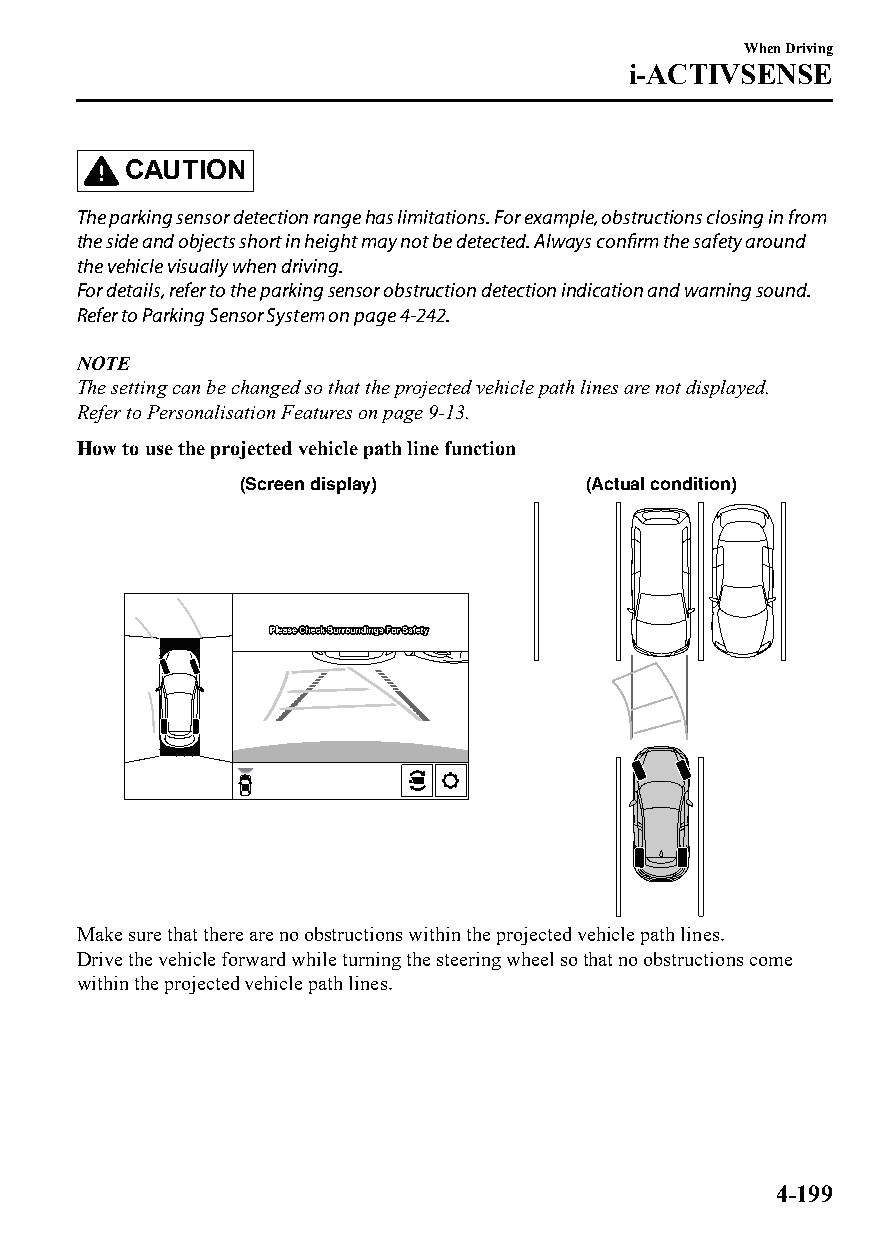
When Driving
 i-ACTIVSENSE
 CAUTION
 The parking sensor detection range has limitations. For example, obstructions closing in from
 the side and objects short in height may not be detected. Always confirm the safety around
 the vehicle visually when driving.
 For details, refer to the parking sensor obstruction detection indication and warning sound.
 Refer to Parking Sensor System on page 4-242.
 NOTE
 The setting can be changed so that the projected vehicle path lines are not displayed.
 Refer to Personalisation Features on page 9-13.
 How to use the projected vehicle path line function
 (Screen display)       (Actual condition)
 Make sure that there are no obstructions within the projected vehicle path lines.
 Drive the vehicle forward while turning the steering wheel so that no obstructions come
 within the projected vehicle path lines.
 4-199
 CX-3_8GT4-EE-18D_Edition4                  2018-9-6 18:32:19